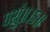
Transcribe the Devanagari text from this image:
पशुं॥१५॥